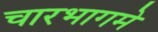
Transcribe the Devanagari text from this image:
चारभागमे